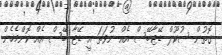
ގޮތުން ސުކޫލް ޑޭޓާބޭސް އެއް ނުވަތަ އީ ޑޭޓާ ބޭސް އެއް ކޮންމެހެން